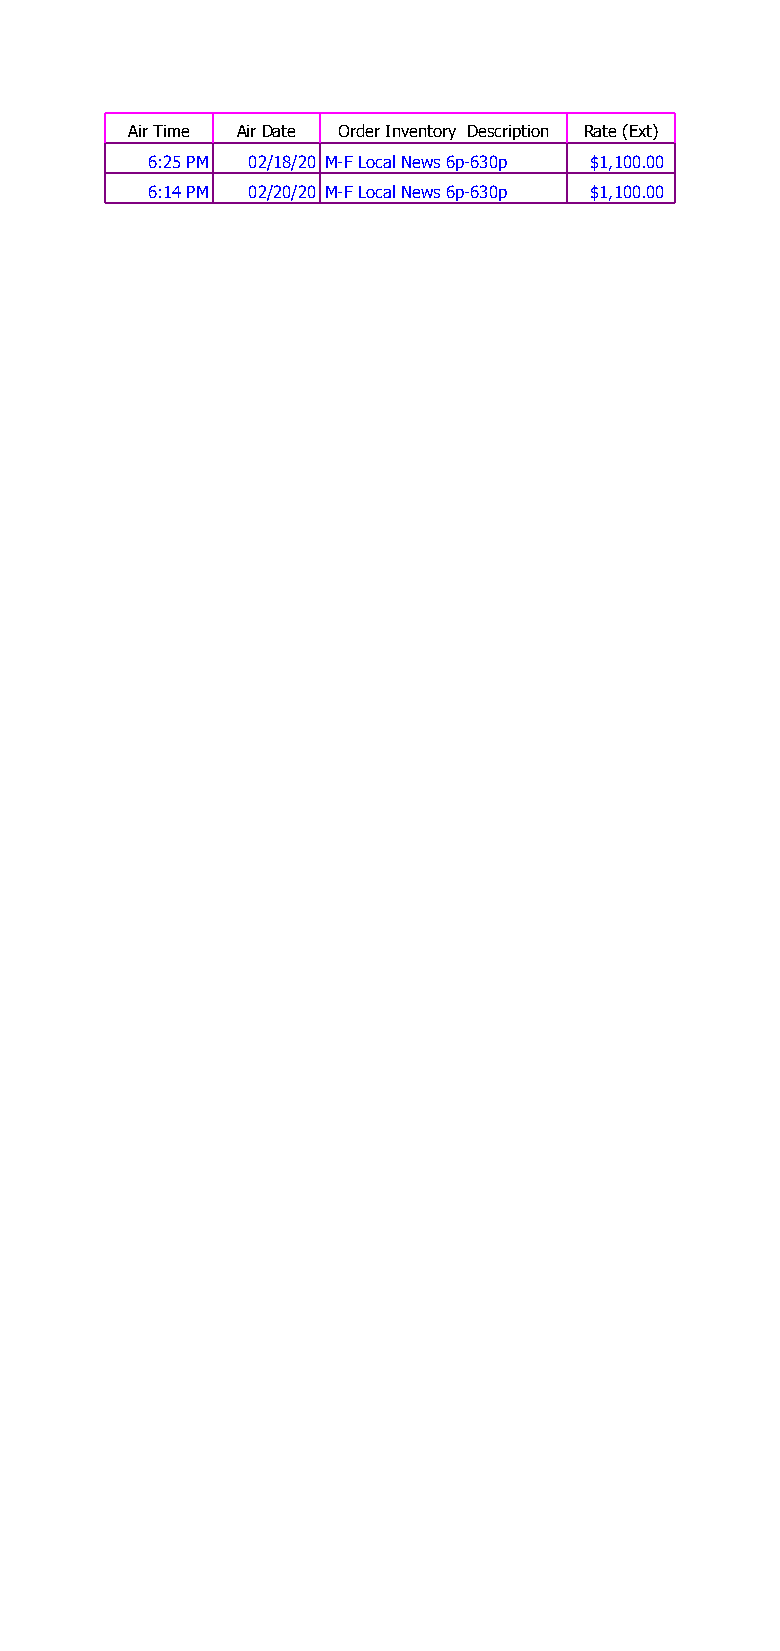
Air Time Air Date Order Inventory Description Rate (Ext)
 6:25 PM 02/18/20 M-F Local News 6p-630p $1,100.00
 6:14 PM 02/20/20 M-F Local News 6p-630p $1,100.00